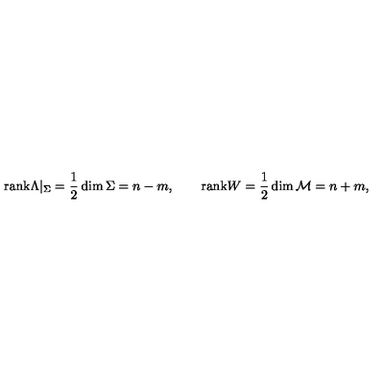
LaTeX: \mathrm { r a n k } \Lambda | _ { \Sigma } = \frac 1 2 \dim \Sigma = n - m , \qquad \mathrm { r a n k } W = \frac 1 2 \dim { \cal M } = n + m ,